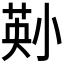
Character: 𫵄